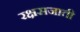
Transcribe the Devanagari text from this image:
रक्षसजाती